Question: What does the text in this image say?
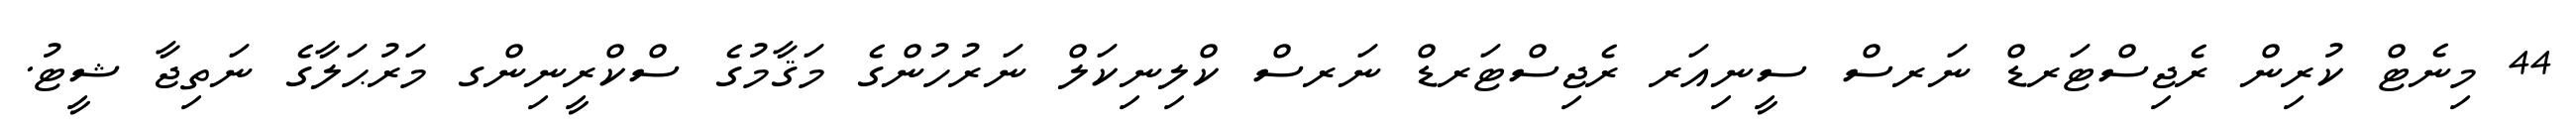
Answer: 44 މިނެޓް ކުރިން ރެޖިސްޓަރޑް ނަރސް ސީނިއަރ ރެޖިސްޓަރޑް ނަރސް ކްލިނިކަލް ނަރުހުންގެ މަޤާމުގެ ސްކްރީނިންގ މަރުޙަލާގެ ނަތިޖާ ޝީޓު.